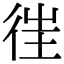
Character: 𢔎